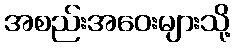
အစည်းအဝေးများသို့